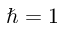
\hbar = 1